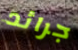
جرائد